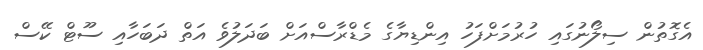
އެގޮތުން ސިލޯނުގައި ހުރުމަށްފަހު އިންޑިޔާގެ މެޑްރާސްއަށް ބަދަލުވެ އަތް ދަބަހާއި ސޫޓް ކޭސް